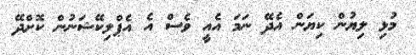
މުޅި ލިޔުން ކިޔަން އެދޭ ނަމަ އެއީ ވެސް އެ އެޕްލިކޭޝަނުން ކޮށްދޭ